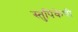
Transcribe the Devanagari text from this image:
स्तुपिकेची